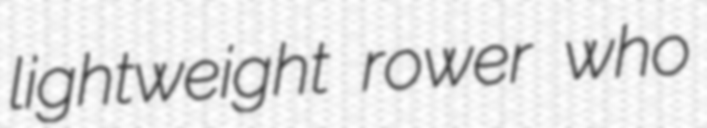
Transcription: lightweight rower who